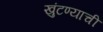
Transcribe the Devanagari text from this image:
खुंटण्याची